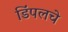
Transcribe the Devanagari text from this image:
डिंपलचे